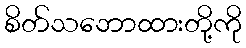
စိတ်သဘောထားတို့ကို